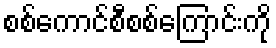
စစ်ကောင်စီစစ်ကြောင်းကို